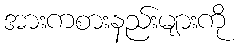
အားကစားနည်းများကို